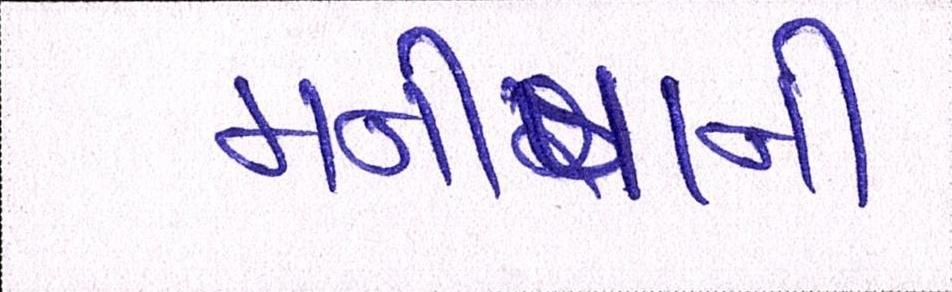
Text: મનીષાની